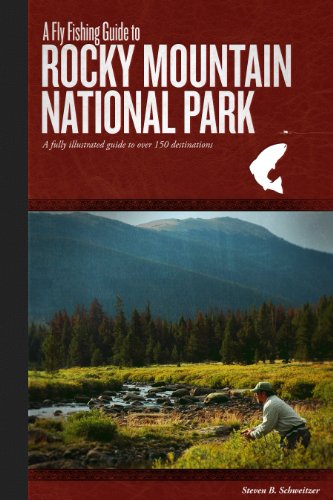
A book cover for A Fly Fishing Guide To Rocky Mountain National Park; Steven B. Schweitzer; Travel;